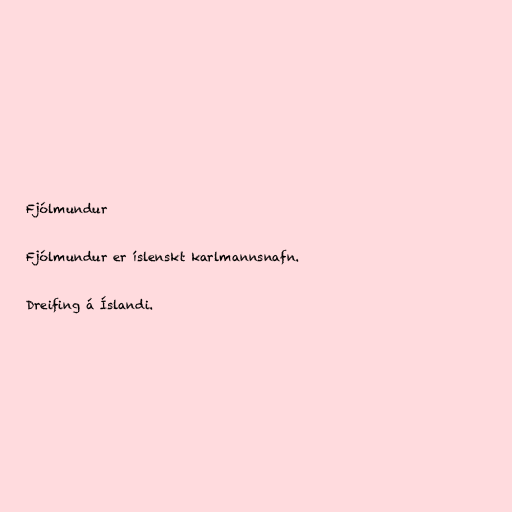
Fjólmundur

Fjólmundur er íslenskt karlmannsnafn.

Dreifing á Íslandi.